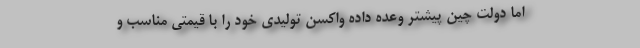
اما دولت چین پیشتر وعده داده واکسن تولیدی خود را با قیمتی مناسب و